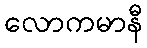
လောကမာနီ